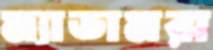
ম্যাডামরা